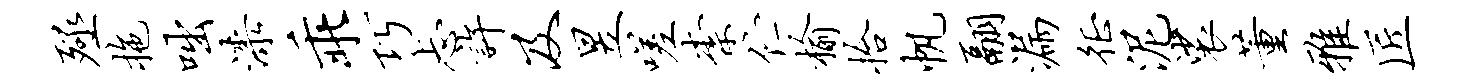
殛拖咄漆乖巧忐许及昱嗟柰伫榆拾帆翮漏徵泥裟董雅匠